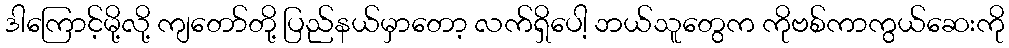
ဒါကြောင့်မို့လို့ ကျတော်တို့ ပြည်နယ်မှာတော့ လက်ရှိပေါ့ ဘယ်သူတွေက ကိုဗစ်ကာကွယ်ဆေးကို